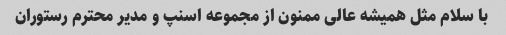
با سلام مثل همیشه عالی ممنون از مجموعه اسنپ و مدیر محترم رستوران